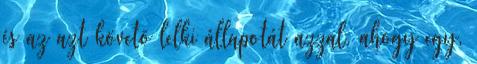
és az azt követõ lelki állapotát azzal, ahogy egy,